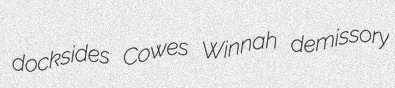
docksides Cowes Winnah demissory